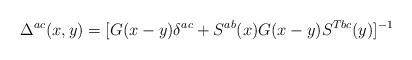
\begin{align*}\Delta^{ac}(x,y)=[G(x-y)\delta^{ac}+S^{ab}(x)G(x-y)S^{Tbc}(y)]^{-1}\end{align*}